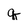
Character: q